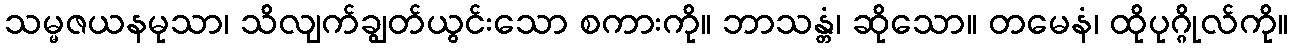
သမ္မဇယနမုသာ၊ သိလျက်ချွတ်ယွင်းသော စကားကို။ ဘာသန္တံ၊ ဆိုသော။ တမေနံ၊ ထိုပုဂ္ဂိုလ်ကို။